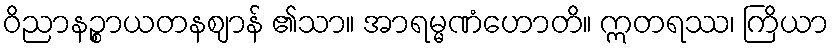
ဝိညာနဉ္စာယတနဈာန် ၏သာ။ အာရမ္မဏံဟောတိ။ ဣတရဿ၊ ကြိယာ